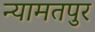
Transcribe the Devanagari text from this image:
न्यामतपुर